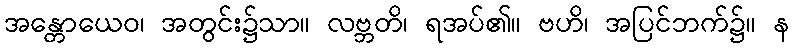
အန္တောယေဝ၊ အတွင်း၌သာ။ လဗ္ဘတိ၊ ရအပ်၏။ ဗဟိ၊ အပြင်ဘက်၌။ န